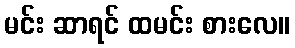
မင်း ဆာရင် ထမင်း စားလေ။